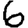
Digit: 6